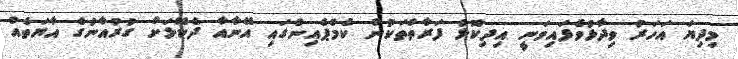
މިދިޔަ އަހަރު ވިދާޅުވެފައިވަނީ އިދިކޮޅު ފަރާތްތަކުން ކެމްޕެއިންގައި އޭނާއާ ދެކޮޅަށް ގުރުއާނުގެ އާޔަތެއް